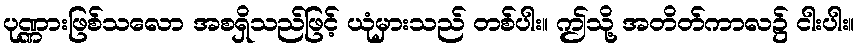
ပုဏ္ဏားဖြစ်သလော အစရှိသည်ဖြင့် ယုံမှားသည် တစ်ပါး။ ဤသို့ အတိတ်ကာလ၌ ငါးပါး။